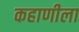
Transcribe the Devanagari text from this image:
कहाणीला